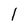
Character: l